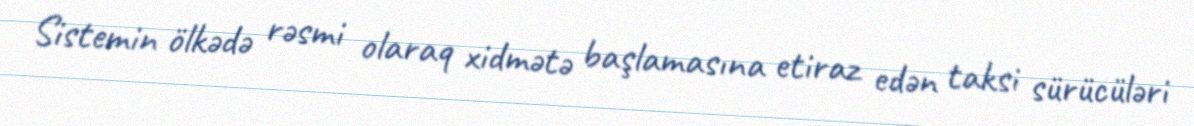
Sistemin ölkədə rəsmi olaraq xidmətə başlamasına etiraz edən taksi sürücüləri